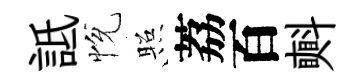
詆恱照荔百㪺